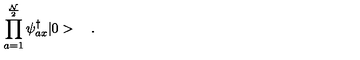
\prod _ { a = 1 } ^ { \frac { \cal N } { 2 } } \psi _ { a x } ^ { \dagger } | 0 > \quad .